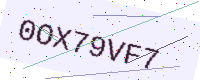
Text: 0OX79VF7